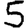
Digit: 5